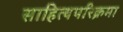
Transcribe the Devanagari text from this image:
साहित्यपरिक्रमा